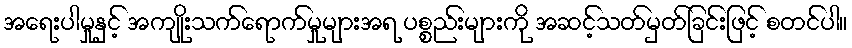
အရေးပါမှုနှင့် အကျိုးသက်ရောက်မှုများအရ ပစ္စည်းများကို အဆင့်သတ်မှတ်ခြင်းဖြင့် စတင်ပါ။